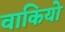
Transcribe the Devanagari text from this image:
वाकियो